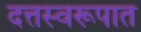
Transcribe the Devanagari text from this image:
दत्तस्वरूपात